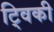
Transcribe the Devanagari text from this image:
ट्विकी